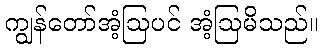
ကျွန်တော်အံ့ဩပင် အံ့ဩမိသည်။